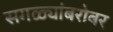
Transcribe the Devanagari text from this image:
सगळ्यांबरोबर